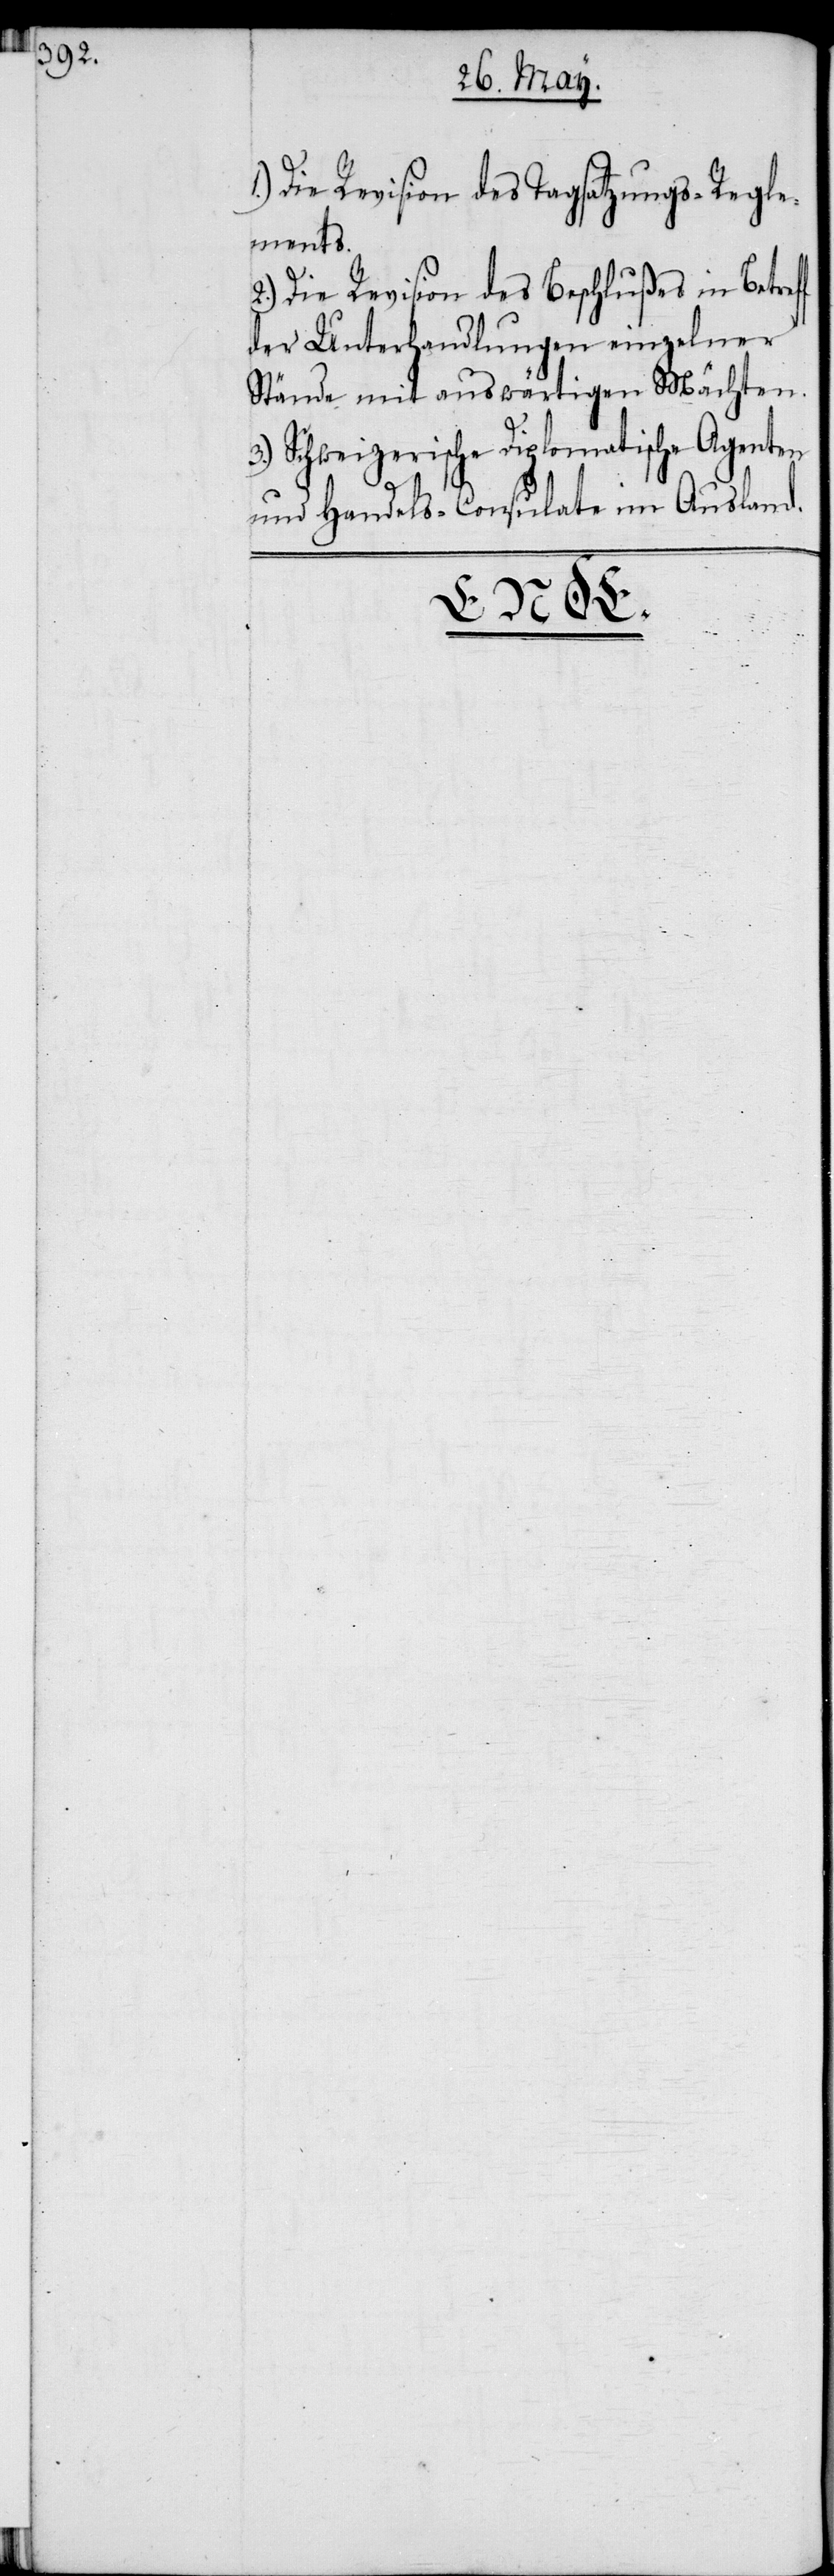
f
Die Revison des Tagsatzungs-Regle¬
ments.
2.) Die Revision des Beschlußes in Betref¬
der Unterhandlungen einzelner
Stände mit auswärtigen Mächten.
3.) Schweizerische Diplomatische Agenten
und Handels-Consulate im Ausland.